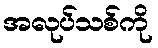
အလုပ်သစ်ကို